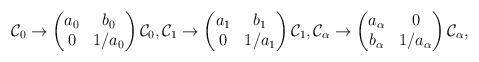
LaTeX: \begin{align*}\mathcal{C}_0\to\begin{pmatrix}a_0& b_0 \\ 0 & 1/a_0\end{pmatrix}\mathcal{C}_0,\mathcal{C}_1\to\begin{pmatrix}a_1& b_1 \\ 0 & 1/a_1\end{pmatrix}\mathcal{C}_1,\mathcal{C}_\alpha\to\begin{pmatrix}a_\alpha& 0 \\ b_\alpha & 1/a_\alpha\end{pmatrix}\mathcal{C}_\alpha,\end{align*}